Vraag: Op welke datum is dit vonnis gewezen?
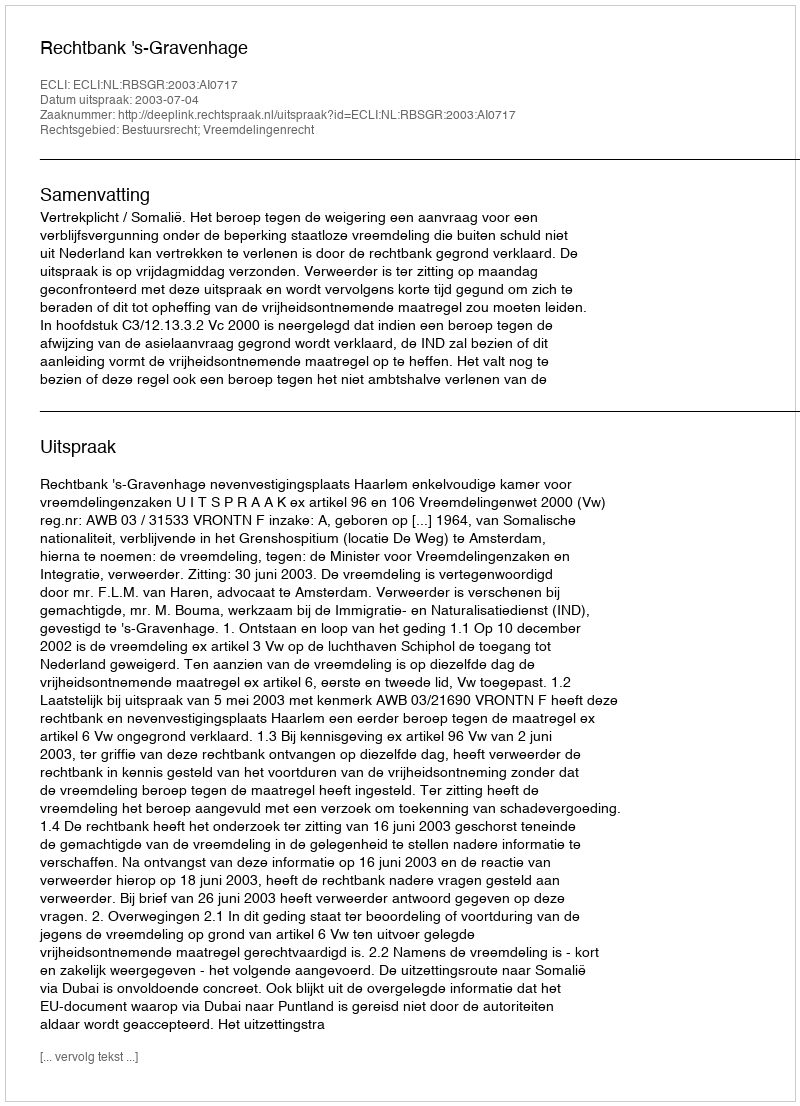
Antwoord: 2003-07-04